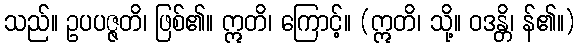
သည်။ ဥပပဇ္ဇတိ၊ ဖြစ်၏။ ဣတိ၊ ကြောင့်။ (ဣတိ၊ သို့။ ဝဒန္တိ၊ န်၏။)